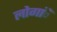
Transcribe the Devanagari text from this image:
लोगांें